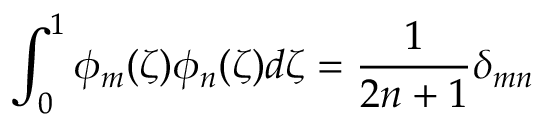
\int _ { 0 } ^ { 1 } \phi _ { m } ( \zeta ) \phi _ { n } ( \zeta ) d \zeta = \frac { 1 } { 2 n + 1 } \delta _ { m n }